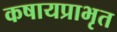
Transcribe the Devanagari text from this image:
कषायप्राभृत